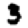
Digit: 3